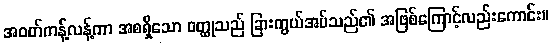
အဝတ်ကန့်လန့်ကာ အစရှိသော ဝတ္ထုသည် ခြားကွယ်အပ်သည်၏ အဖြစ်ကြောင့်လည်းကောင်း။